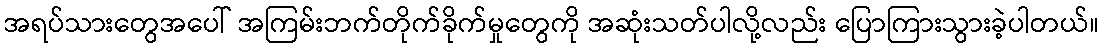
အရပ်သားတွေအပေါ် အကြမ်းဘက်တိုက်ခိုက်မှုတွေကို အဆုံးသတ်ပါလို့လည်း ပြောကြားသွားခဲ့ပါတယ်။